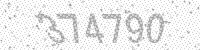
Solution: 374790